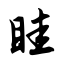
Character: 眭